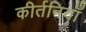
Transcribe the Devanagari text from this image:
कीर्तनियाँ